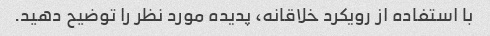
با استفاده از رویکرد خلاقانه، پدیده مورد نظر را توضیح دهید.